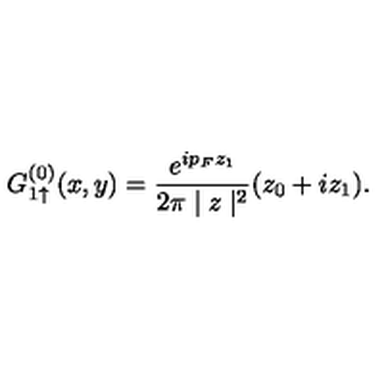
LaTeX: G _ { 1 \uparrow } ^ { ( 0 ) } ( x , y ) = \frac { e ^ { i p _ { F } z _ { 1 } } } { 2 \pi \mid z \mid ^ { 2 } } ( z _ { 0 } + i z _ { 1 } ) .